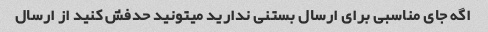
اگه جای مناسبی برای ارسال بستنی ندارید میتونید حدفش کنید از ارسال